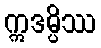
ဣဒမ္ပိဿ